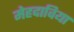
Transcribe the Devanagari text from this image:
मेहदाविया